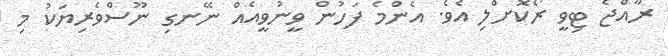
ރާއްޖެ ޓިވީ ރޯކޮށްލި އެވެ. އެންމެ ފަހުން ވީނުވީއެއް ނޭނގި ނޫސްވެރިޔަކު މި